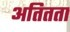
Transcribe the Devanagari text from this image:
अतितता